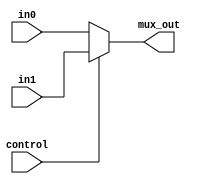
module mux_N_bit (in0, in1, mux_out, control);
	parameter N = 32;
	input [N-1:0] in0, in1;
	output [N-1:0] mux_out;
	input control;
	assign mux_out=control?in1:in0;
endmodule